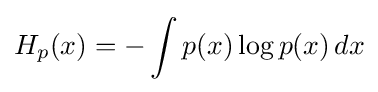
H_{p}(x)=-\int p(x)\log p(x)\,dx